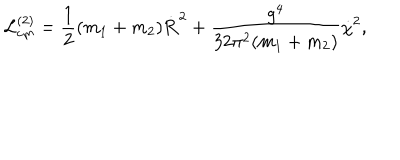
{ \cal L } _ { \mathrm { c m } } ^ { ( 2 ) } = \frac { 1 } { 2 } ( m _ { 1 } + m _ { 2 } ) \dot { { \bf R } } ^ { 2 } + \frac { g ^ { 4 } } { 3 2 \pi ^ { 2 } ( m _ { 1 } + m _ { 2 } ) } \dot { \chi } ^ { 2 } ,